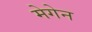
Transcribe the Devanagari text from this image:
मेगेन